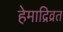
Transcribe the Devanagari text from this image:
हेमाद्रिव्रत